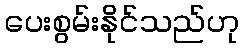
ပေးစွမ်းနိုင်သည်ဟု